Document type: Sale
Year: 1499
Scribe: Joan Martínez de Sòria
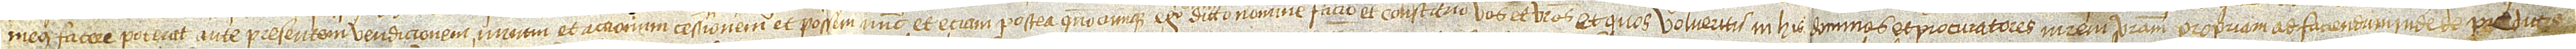
meus facere poterat ante presentem vendicionem iurium et accionum cessionem et possem, nunc et etiam postera quandocumque. Ego enim  dicto nomine facio et constituo vos et vestros et quos volueritis in his dominos et procuratores in rem vestram propiam, ad faciendum inde de predictis